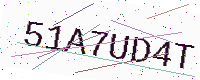
Text: 51A7UD4T